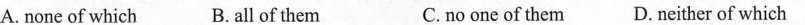
A. none of which B. all of them C.no one of them D.neither of which